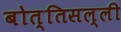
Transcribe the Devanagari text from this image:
बोत्तिसल्ली